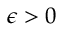
\epsilon > 0